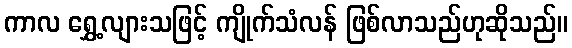
ကာလ ရွှေ့လျားသဖြင့် ကျိုက်သံလန် ဖြစ်လာသည်ဟုဆိုသည်။